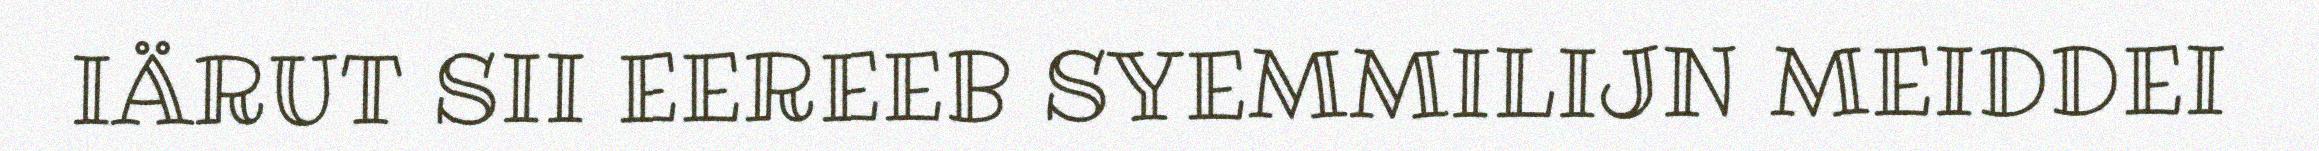
IÄRUT SII EEREEB SYEMMILIJN MEIDDEI